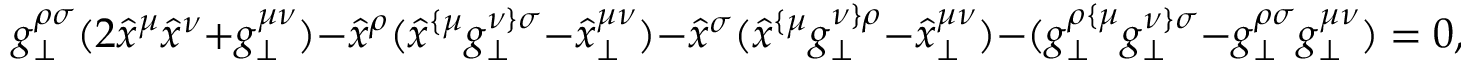
g _ { \perp } ^ { \rho \sigma } ( 2 \hat { x } ^ { \mu } \hat { x } ^ { \nu } + g _ { \perp } ^ { \mu \nu } ) - \hat { x } ^ { \rho } ( \hat { x } ^ { \{ \mu } g _ { \perp } ^ { \nu \} \sigma } - \hat { x } _ { \perp } ^ { \mu \nu } ) - \hat { x } ^ { \sigma } ( \hat { x } ^ { \{ \mu } g _ { \perp } ^ { \nu \} \rho } - \hat { x } _ { \perp } ^ { \mu \nu } ) - ( g _ { \perp } ^ { \rho \{ \mu } g _ { \perp } ^ { \nu \} \sigma } - g _ { \perp } ^ { \rho \sigma } g _ { \perp } ^ { \mu \nu } ) = 0 ,